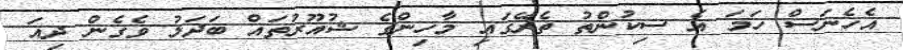
އެހެނަސް ހަމަ އެ ސިކުންތު ތެރޭގައި މާހިންގެ ޝުއޫރުތައް ބަދަލު ވެގެން ދިއަ